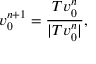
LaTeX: v _ { 0 } ^ { n + 1 } = \frac { T v _ { 0 } ^ { n } } { | T v _ { 0 } ^ { n } | } ,